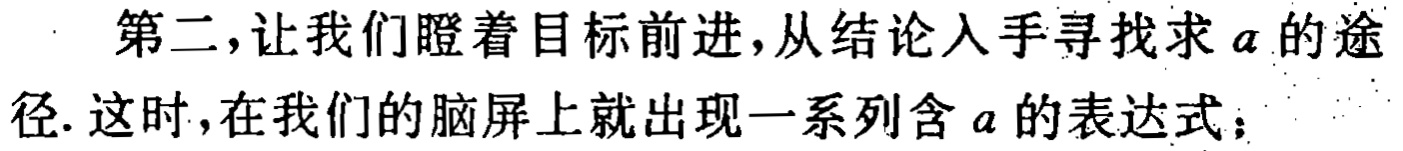
第二，让我们瞪着目标前进，从结论入手寻找求 \(a\) 的途径. 这时，在我们的脑屏上就出现一系列含 \(a\) 的表达式；